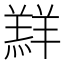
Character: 𮊲